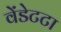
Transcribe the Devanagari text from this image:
वेंडेटटा